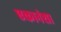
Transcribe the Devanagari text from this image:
एकानंशा